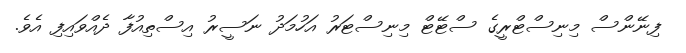
ފިނޭންސް މިނިސްޓްރީގެ ސްޓޭޓް މިނިސްޓަރު އަހުމަދު ނަސީރު އިސްތިއުފާ ދެއްވައިފި އެވެ.